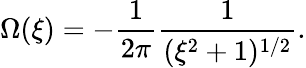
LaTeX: \Omega(\xi)=-\frac{1}{2\pi}\frac{1}{(\xi^{2}+1)^{1/2}}.